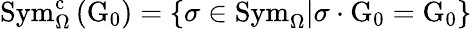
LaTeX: \mathrm{Sym}_{\Omega}^{\mathrm{c}}\left(\mathrm{G}_{0}\right)=\left\{ \sigma\in\mathrm{Sym}_{\Omega}\middle|\sigma\cdot\mathrm{G}_{0}=\mathrm{G}_{0}\right\}